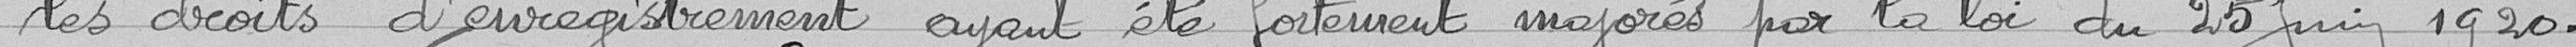
les droits d'enregistrement ayant été fortement majorés par la loi du 20 juin 1920.